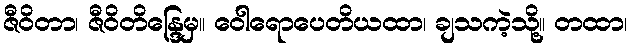
ဇီဝိတာ၊ ဇီဝိတိန္ဒြေမှ။ ဝေါရောပေတိယထာ၊ ချသကဲ့သို့။ တထာ၊